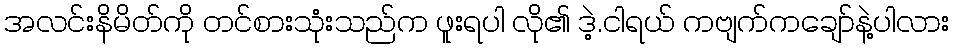
အလင်းနိမိတ်ကို တင်စားသုံးသည်က ဖူးရပါ လို၏ ဒဲ့.ငါရယ် ကဗျက်ကချော်နဲ့ပါလား